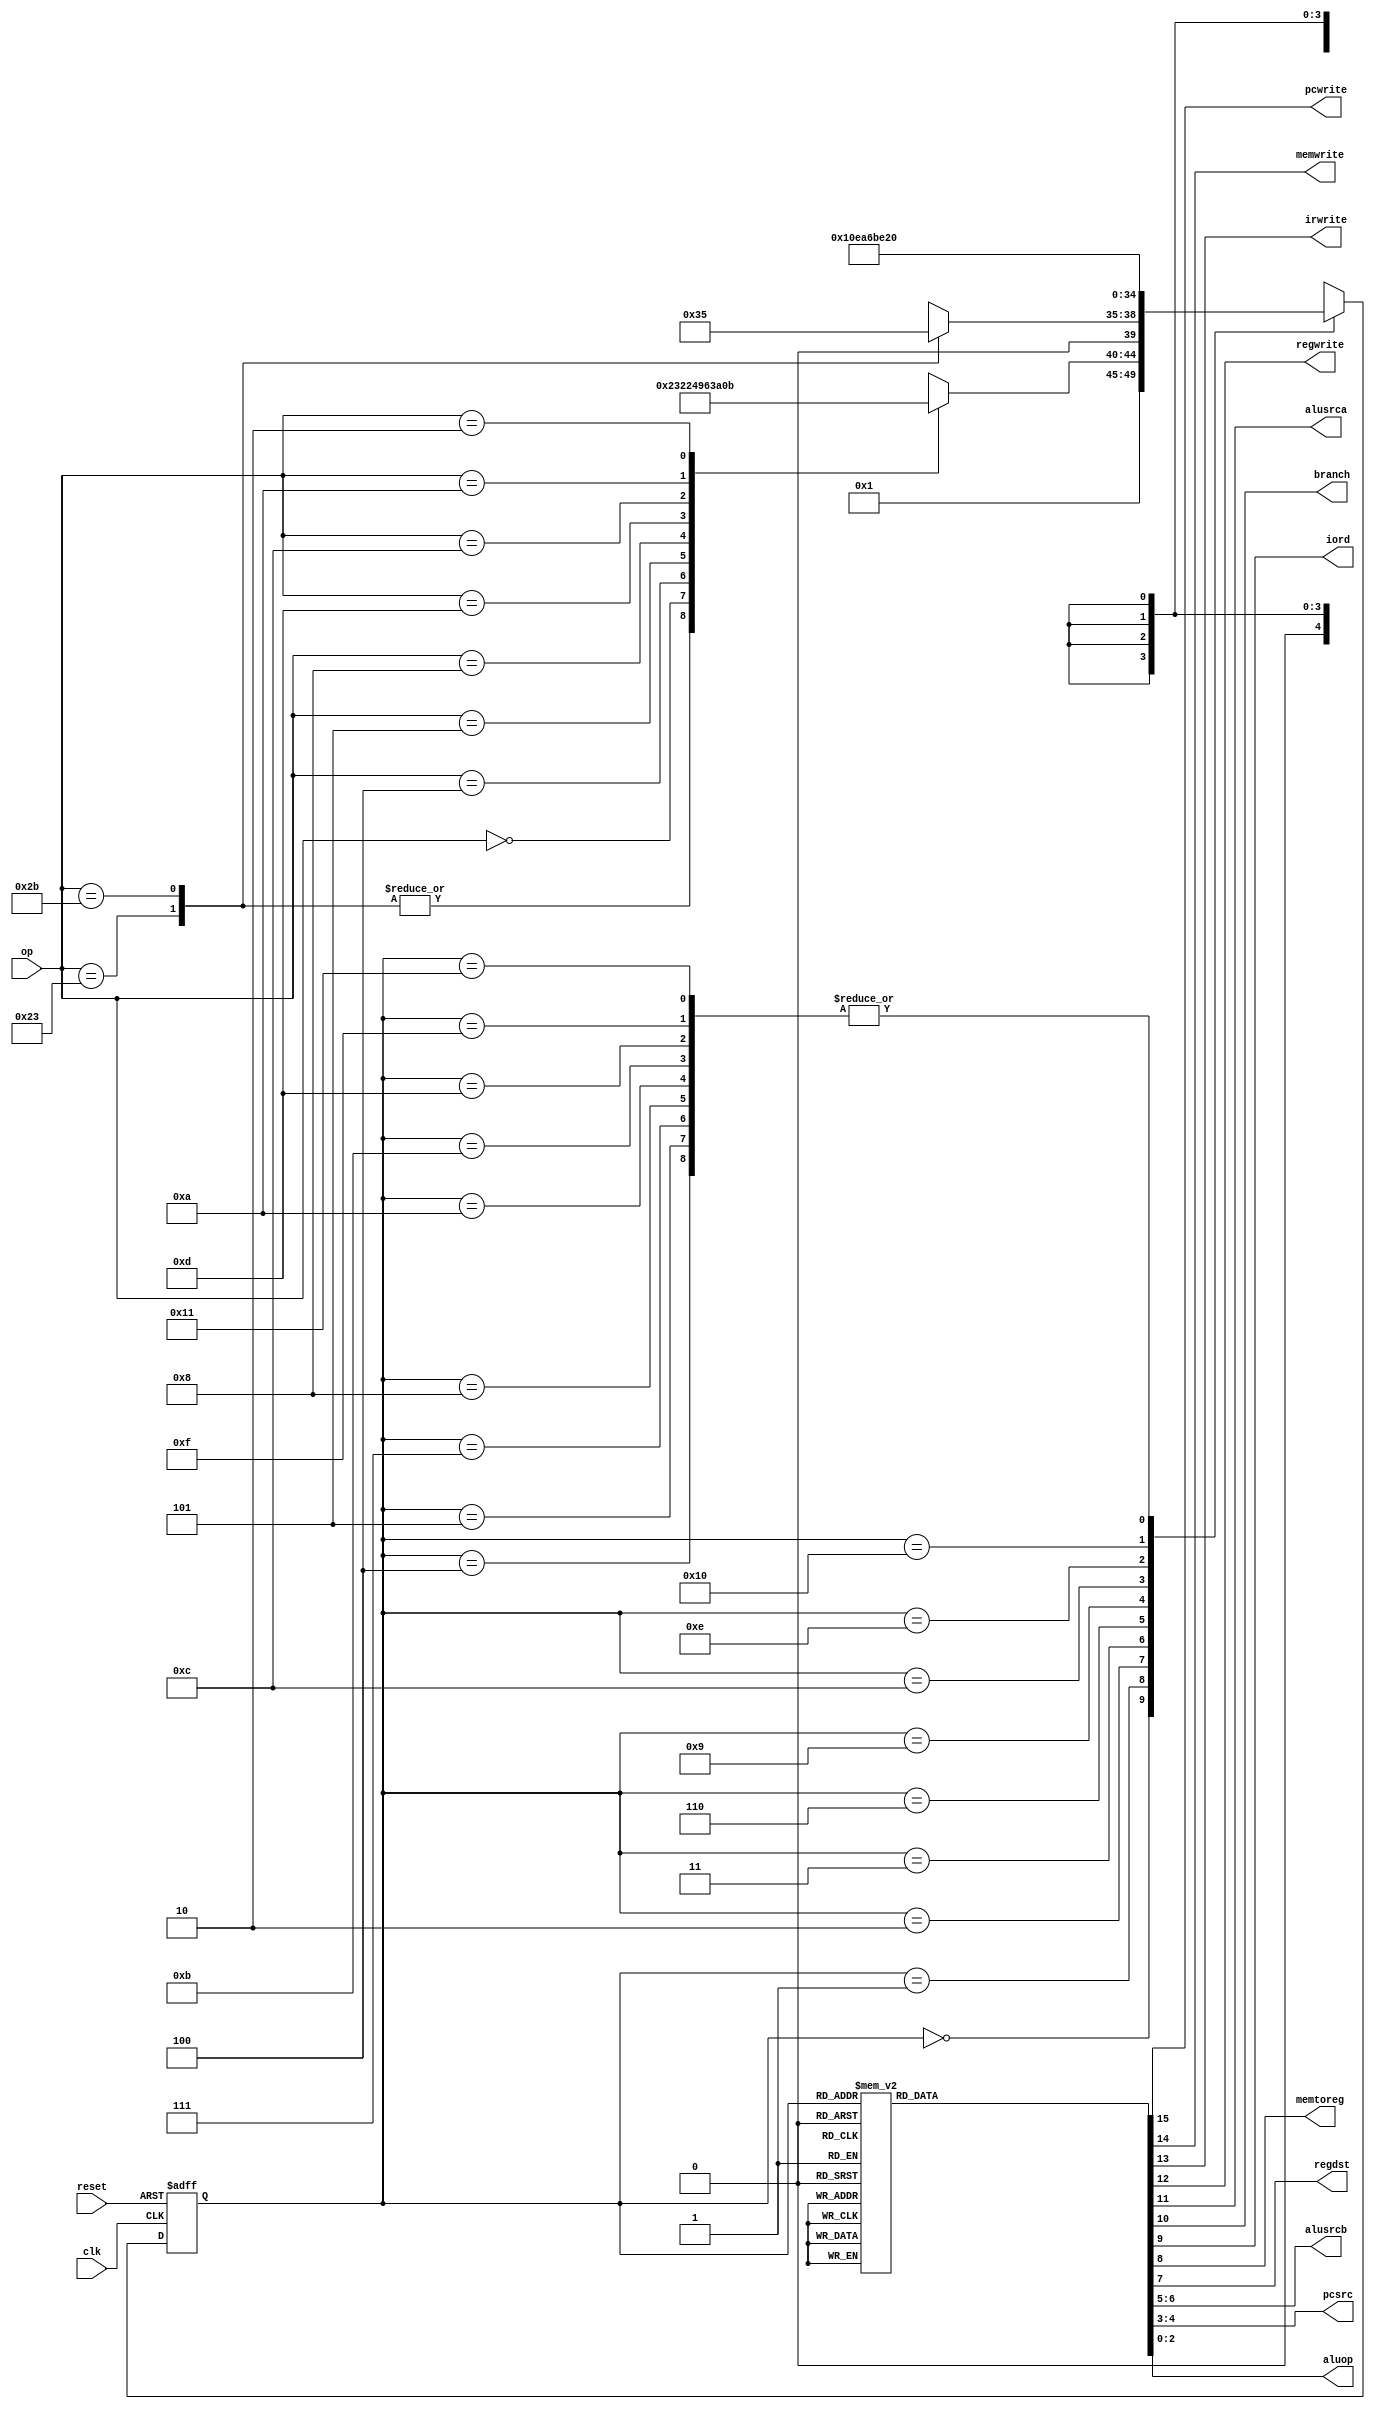
module maindec(input clk, reset, 
input [5:0] op, 
output pcwrite,memwrite,irwrite,regwrite,
output alusrca,branch,iord,memtoreg,regdst,
output [1:0] alusrcb,pcsrc,
output [2:0] aluop);

parameter FETCH = 5'b00000; // State 0
parameter DECODE = 5'b00001; // State 1
parameter MEMADR = 5'b00010;	// State 2
parameter MEMRD = 5'b00011;	// State 3
parameter MEMWB = 5'b00100;	// State 4
parameter MEMWR = 5'b00101;	// State 5
parameter RTYPEEX = 5'b00110;	// State 6
parameter RTYPEWB = 5'b00111;	// State 7
parameter BEQEX = 5'b01000;	// State 8
parameter ADDIEX = 5'b01001;	// State 9
parameter ADDIWB = 5'b01010;	// state 10
parameter JEX = 5'b01011;	// State 11
parameter ORI_EX = 5'b01100;//State 12
parameter ORI_WB = 5'b01101;//State 13
parameter ANDI_EX = 5'b01110;//State 14
parameter ANDI_WB = 5'b01111;//State 15
parameter SLTI_EX = 5'b10000;//State 16
parameter SLTI_WB = 5'b10001;//State 17
parameter BNQEX = 5'b10010;	// State 18

parameter LW = 6'b100011;	// Opcode for lw
parameter SW = 6'b101011;	// Opcode for sw
parameter RTYPE = 6'b000000;	// Opcode for R-type
parameter BEQ = 6'b000100;	// Opcode for beq
parameter ADDI = 6'b001000;	// Opcode for addi
parameter J = 6'b000010;	// Opcode for j
parameter BNQ = 6'b000101; //Opcode for bnq 
parameter ORI = 6'b001101; //Opcode for ori
parameter ANDI = 6'b001100; //Opcode for andi
parameter SLTI = 6'b001010; //Opcode for slti

reg [4:0]  state, nextstate;
reg [15:0] controls;

  // state register
always @(posedge clk or posedge reset)			
  if(reset) state <= FETCH;
  else state <= nextstate;

  // ADD CODE HERE
  // Finish entering the next state logic below.  We've completed the first 
  // two states, FETCH and DECODE, for you.

  // next state logic
always @(*)
  case(state)
    FETCH:   nextstate <= DECODE;
    DECODE:  case(op)
    LW:      nextstate <= MEMADR;
    SW:      nextstate <= MEMADR;
    RTYPE:   nextstate <= RTYPEEX;
    BEQ:     nextstate <= BEQEX;
    BNQ:     nextstate <= BNQEX; 
    ADDI:    nextstate <= ADDIEX;
    ORI:     nextstate <= ORI_EX;
    ANDI:    nextstate <= ANDI_EX;
    SLTI:    nextstate <= SLTI_EX;
    J:       nextstate <= JEX;

    default: nextstate <= 4'bx; // should never happen
    endcase
 		// Add code here
    MEMADR:  case(op)
    LW: nextstate <= MEMRD;
    SW: nextstate <= MEMWR;
    default: nextstate <= 4'bx;
    endcase
    
    MEMRD: nextstate <= MEMWB;
    MEMWB: nextstate <= FETCH;
    
    MEMWR: nextstate <= FETCH;
    
    RTYPEEX: nextstate <= RTYPEWB;
    RTYPEWB: nextstate <= FETCH;
    
    BEQEX:   nextstate <= FETCH;
    
    ADDIEX:  nextstate <= ADDIWB;
    ADDIWB:  nextstate <= FETCH;
    
    JEX: nextstate <= FETCH;

    ORI_EX: nextstate <= ORI_WB;
    ORI_WB: nextstate <= FETCH;

    ANDI_EX: nextstate <= ANDI_WB;
    ANDI_WB: nextstate <= FETCH;

    SLTI_EX: nextstate <= SLTI_WB;
    SLTI_WB: nextstate <= FETCH;


    default: nextstate <= 5'bx; // should never happen
  endcase

  // output logic
  assign {pcwrite, memwrite, irwrite, regwrite, 
  alusrca, branch, iord, memtoreg, regdst,
  alusrcb, pcsrc, aluop} = controls;



  // ADD CODE HERE
  // Finish entering the output logic below.  We've entered the
  // output logic for the first two states, S0 and S1, for you.
always @(*)
  case(state)
    FETCH:   controls <= 16'b1010000000100000;
    DECODE:  controls <= 16'b0000000001100000;
    // your code goes here 
    MEMADR:  controls <= 16'b0000100001000000;      
    MEMRD:   controls <= 16'b0000001000000000;
    MEMWB:   controls <= 16'b0001000100000000;
    MEMWR:   controls <= 16'b0100001000000000;
    RTYPEEX: controls <= 16'b0000100000000010;
    RTYPEWB: controls <= 16'b0001000010000000;

    BEQEX:   controls <= 16'b0000110000001001;

    BNQEX:   controls <= 16'b0000110000001011;//BNQ

    ADDIEX:  controls <= 16'b0000100001000000;//ADDI
    ADDIWB:  controls <= 16'b0001000000000000;
    
    ORI_EX:  controls <= 16'b0000100001000100;//ORI
    ORI_WB:  controls <= 16'b0001000000000000;

    ANDI_EX: controls <= 16'b0000100001000101;//ANDI
    ANDI_WB: controls <= 16'b0001000000000000;

    SLTI_EX: controls <= 16'b0000100001000111;//SLTI
    SLTI_WB: controls <= 16'b0001000000000000;

    JEX:    controls <= 16'b1000000000010000; //JUMP	 
    default: controls <= 16'bxxxxxxxxxxxxxxxx;// should never happen
  endcase
endmodule